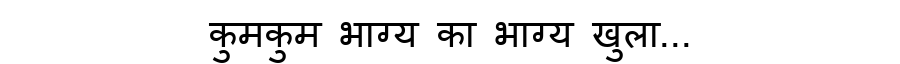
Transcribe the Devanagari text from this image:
कुमकुम भाग्य का भाग्य खुला...